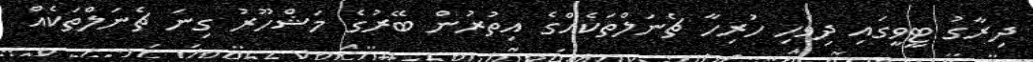
ދިރާގު ޓީވީގައި ދިވެހި ހުރިހާ ޗެނަލްތަކެއްގެ އިތުރުން ބޭރުގެ މަޝްހޫރު ގިނަ ޗެނަލްތަކެއް